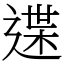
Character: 䢡